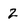
Character: 2